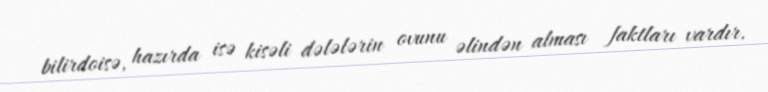
bilirdoisə, hazırda isə kisəli dələlərin ovunu əlindən alması faktları vardır.